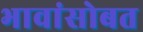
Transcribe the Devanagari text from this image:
भावांसोबत